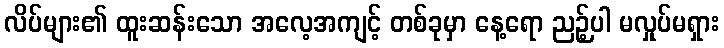
လိပ်များ၏ ထူးဆန်းသော အလေ့အကျင့် တစ်ခုမှာ နေ့ရော ညဉ့်ပါ မလှုပ်မရှား